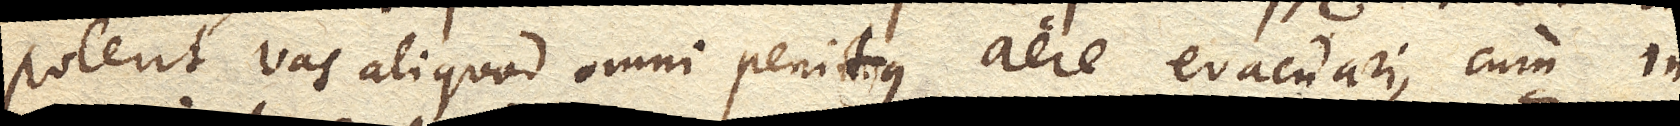
poterit vas aliquod omni penitus aere evacuari, cum in